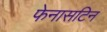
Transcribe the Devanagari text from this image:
फेनासटिन